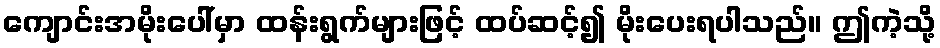
ကျောင်းအမိုးပေါ်မှာ ထန်းရွက်များဖြင့် ထပ်ဆင့်၍ မိုးပေးရပါသည်။ ဤကဲ့သို့